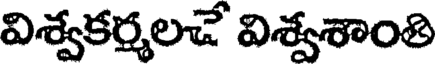
విశ్వకర్మలచే విశ్వశాంతి